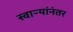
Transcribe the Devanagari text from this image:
स्वाऱ्यांनंतर